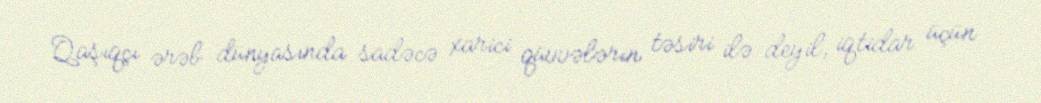
Qaşıqçı ərəb dünyasında sadəcə xarici qüvvələrin təsiri ilə deyil, iqtidar üçün